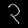
Digit: ၃